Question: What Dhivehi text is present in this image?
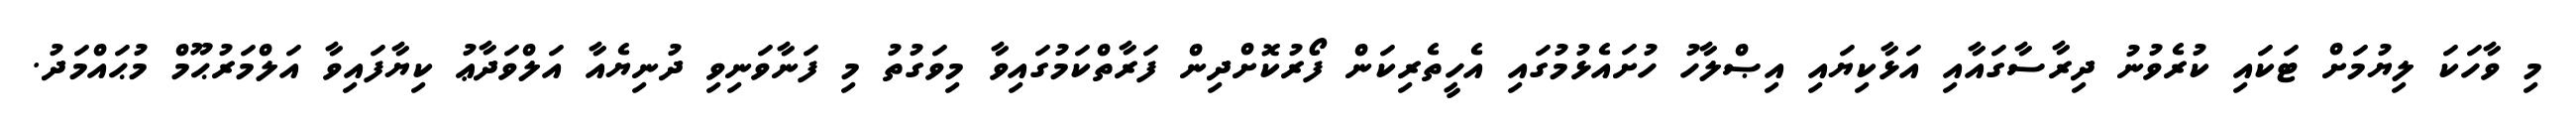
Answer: މި ވާހަކަ ލިޔުމަށް ޓަކައި ކުރެވުނު ދިރާސާގައާއި އަޅާކިޔައި އިޞްލާހު ހުށައެޅުމުގައި އެހީތެރިކަން ފޯރުކޮށްދިން ފަރާތްކަމުގައިވާ މިވަގުތު މި ފަނާވަނިވި ދުނިޔެއާ އަލްވަދާޢު ކިޔާފައިވާ އަލްމަރުޙޫމް މުޙައްމަދު.